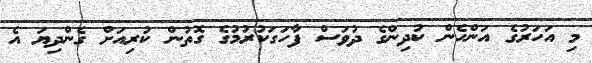
މި އަހަރުގެ އަންހެން ކުދިންގެ ދުވަސް ފާހަގަކުރުމުގެ ގޮތުން ކުރިއަށް ގެންދިޔަ އެ